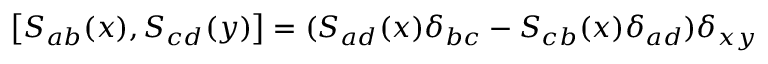
\left[ S _ { a b } ( x ) , S _ { c d } ( y ) \right] = ( S _ { a d } ( x ) \delta _ { b c } - S _ { c b } ( x ) \delta _ { a d } ) \delta _ { x y }